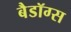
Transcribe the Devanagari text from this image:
बैडॉग्स